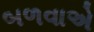
બળવાએ